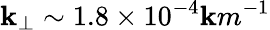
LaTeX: \mathbf{k}_{\perp}\sim1.8\times10^{-4}\mathbf{k}m^{-1}